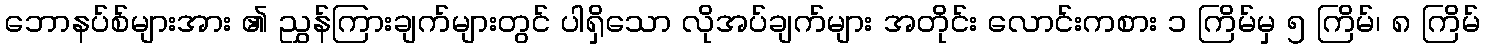
ဘောနပ်စ်များအား ၏ ညွှန်ကြားချက်များတွင် ပါရှိသော လိုအပ်ချက်များ အတိုင်း လောင်းကစား ၁ ကြိမ်မှ ၅ ကြိမ်၊ ၈ ကြိမ်